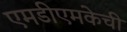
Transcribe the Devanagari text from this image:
एमडीएमकेची